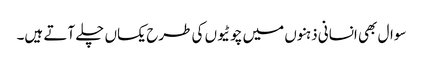
سوال بھی انسانی ذہنوں میں چوٹیوں کی طرح یکساں چلے آتے ہیں۔